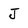
Character: J